Leaving Certificate Examination, 1920
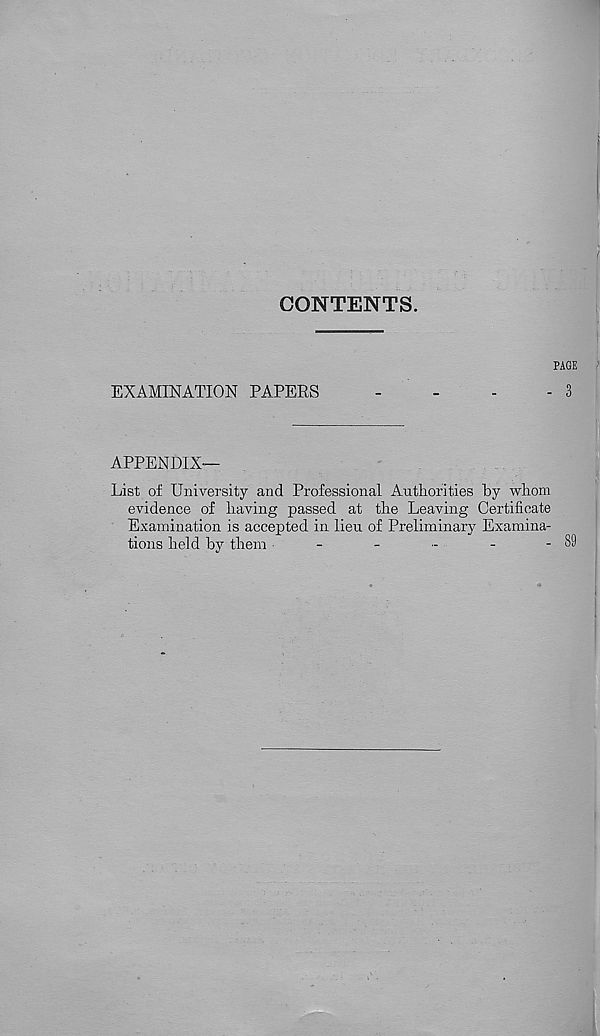
CONTENTS.
PAGE
EXAMINATION PAPERS
-
-
-
- 3
APPENDIX—
List of University and Professional Authorities by whom
evidence of having passed at the Leaving Certificate
Examination is accepted in lieu of Preliminary Examina-
tions held by them
-
-
-
-
-